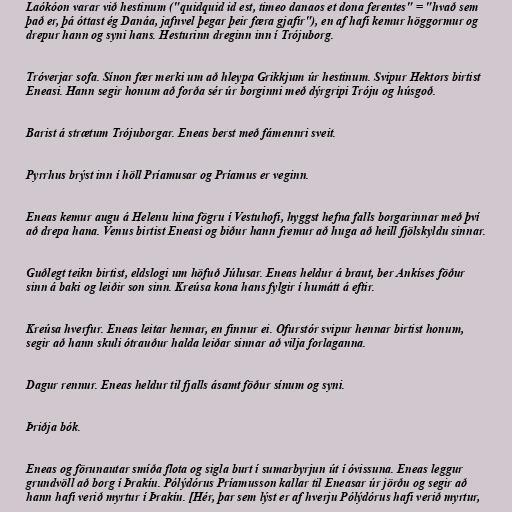
Laókóon varar við hestinum ("quidquid id est, timeo danaos et dona ferentes" = "hvað sem
það er, þá óttast ég Danáa, jafnvel þegar þeir færa gjafir"), en af hafi kemur höggormur og
drepur hann og syni hans. Hesturinn dreginn inn í Trójuborg.

Tróverjar sofa. Sínon fær merki um að hleypa Grikkjum úr hestinum. Svipur Hektors birtist
Eneasi. Hann segir honum að forða sér úr borginni með dýrgripi Tróju og húsgoð.

Barist á strætum Trójuborgar. Eneas berst með fámennri sveit.

Pyrrhus brýst inn í höll Príamusar og Príamus er veginn.

Eneas kemur augu á Helenu hina fögru í Vestuhofi, hyggst hefna falls borgarinnar með því
að drepa hana. Venus birtist Eneasi og biður hann fremur að huga að heill fjölskyldu sinnar.

Guðlegt teikn birtist, eldslogi um höfuð Júlusar. Eneas heldur á braut, ber Ankíses föður
sinn á baki og leiðir son sinn. Kreúsa kona hans fylgir í humátt á eftir.

Kreúsa hverfur. Eneas leitar hennar, en finnur ei. Ofurstór svipur hennar birtist honum,
segir að hann skuli ótrauður halda leiðar sinnar að vilja forlaganna.

Dagur rennur. Eneas heldur til fjalls ásamt föður sínum og syni.

Þriðja bók.

Eneas og förunautar smíða flota og sigla burt í sumarbyrjun út í óvissuna. Eneas leggur
grundvöll að borg í Þrakíu. Pólýdórus Príamusson kallar til Eneasar úr jörðu og segir að
hann hafi verið myrtur í Þrakíu. [Hér, þar sem lýst er af hverju Pólýdórus hafi verið myrtur,